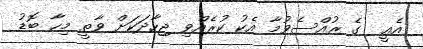
އެއީ  ގެ ރުއްސެވުމާ އެކު ކުރެއްވި ޖިހާދަކަށް ވާތީ މިހާ ބޮޑު